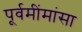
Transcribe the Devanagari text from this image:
पूर्वमींमांसा